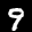
Label: 9